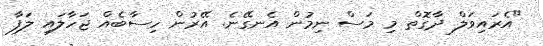
"އެރައިވަލް ދާގޮތް މި މަސް ނިމުން އެނގޭނެ. އޭރުން ހިސާބެއް ޖަހާލައި ލަފާ